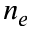
n _ { e }